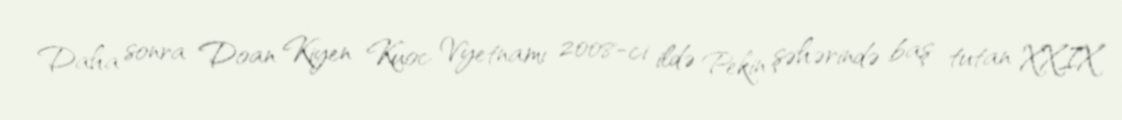
Daha sonra Doan Kiyen Kuoc Vyetnamı 2008-ci ildə Pekin şəhərində baş tutan XXIX